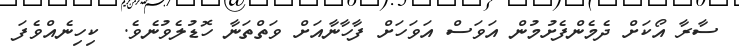
ސާރާ އޯކަށް ދެމެންފެށުމުން އަވަސް އަވަހަށް ފާހާނާއަށް ވަތްތަނާ ހޮޑުލެވުނެވެ.  ކިހިނެއްވެފަ